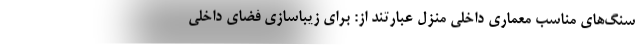
سنگ‌های مناسب معماری داخلی منزل عبارتند از: برای زیباسازی فضای داخلی